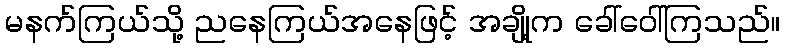
မနက်ကြယ်သို့ ညနေကြယ်အနေဖြင့် အချို့က ခေါ်ဝေါ်ကြသည်။